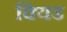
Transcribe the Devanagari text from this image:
क्यिड